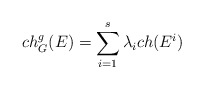
\begin{align*}ch_{G}^{g}(E)=\sum_{i=1}^{s}\lambda_{i} ch(E^{i})\end{align*}